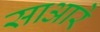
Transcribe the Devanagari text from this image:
साआरे